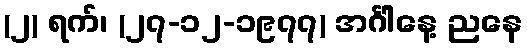
(၂) ရက်၊ (၂၇-၁၂-၁၉၇၇) အင်္ဂါနေ့ ညနေ